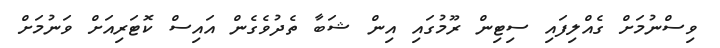
ވިސްނުމަށް ގެއްލިފައި ސިޓިން ރޫމުގައި އިން ޝަބާ ތެދުވެގެން އައިސް ކޮޓަރިއަށް ވަނުމަށް